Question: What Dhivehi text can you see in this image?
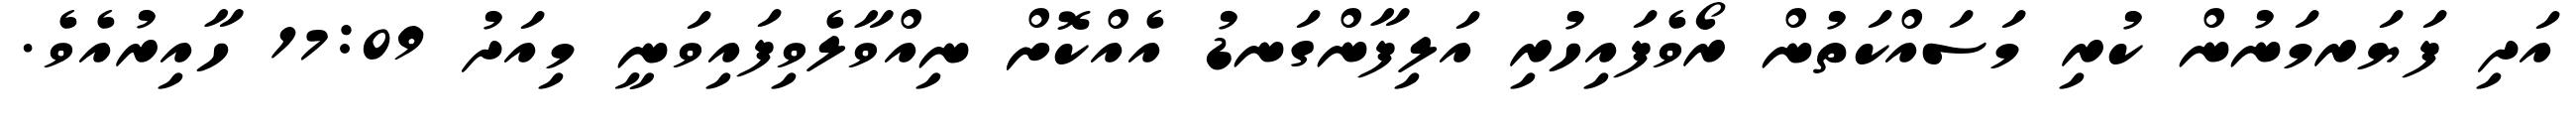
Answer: އަދި ފަޔަރމަނުން ކުރި މަސައްކަތުން ރޯވެފައިހުރި އަލިފާންގަނޑު އެއްކޮށް ނިއްވާލެވިފައިވަނީ މިއަދު 17:09 ހާއިރުއެވެ.